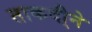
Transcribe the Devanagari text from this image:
ताकदी्ने